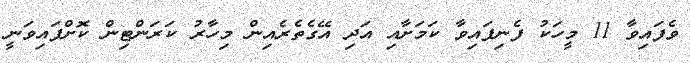
ވެފައިވާ 11 މީހަކު ފެނިފައިވާ ކަމަށާއި އަދި އޭގެތެރެއިން މިހާރު ކަރަންޓިން ކޮށްފައިވަނީ